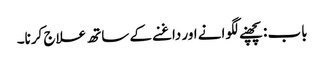
باب : پچھنے لگوانے اور داغنے کے ساتھ علاج کرنا۔